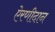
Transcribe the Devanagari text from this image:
ऐरणीदान